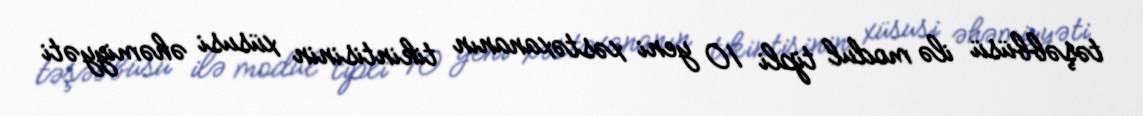
təşəbbüsü ilə modul tipli 10 yeni xəstəxananın tikintisinin xüsusi əhəmiyyəti